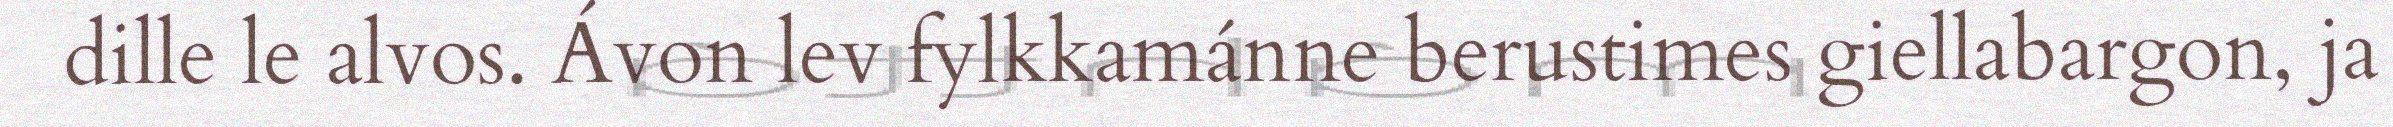
dille le alvos. Ávon lev fylkkamánne berustimes giellabargon, ja